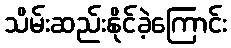
သိမ်းဆည်းနိုင်ခဲ့ကြောင်း